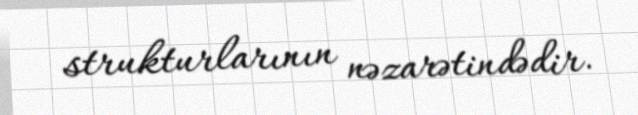
strukturlarının nəzarətindədir.